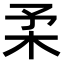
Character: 𣏗